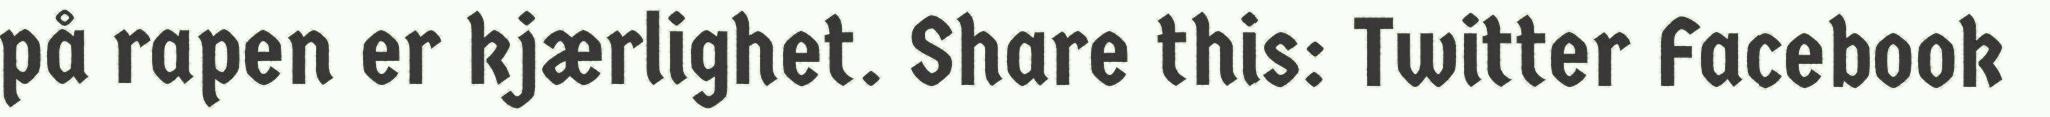
på rapen er kjærlighet. Share this: Twitter Facebook